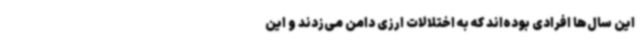
این سال‌ها افرادی بوده‌اند که به اختلالات ارزی دامن می‌زدند و این